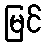
မြင်